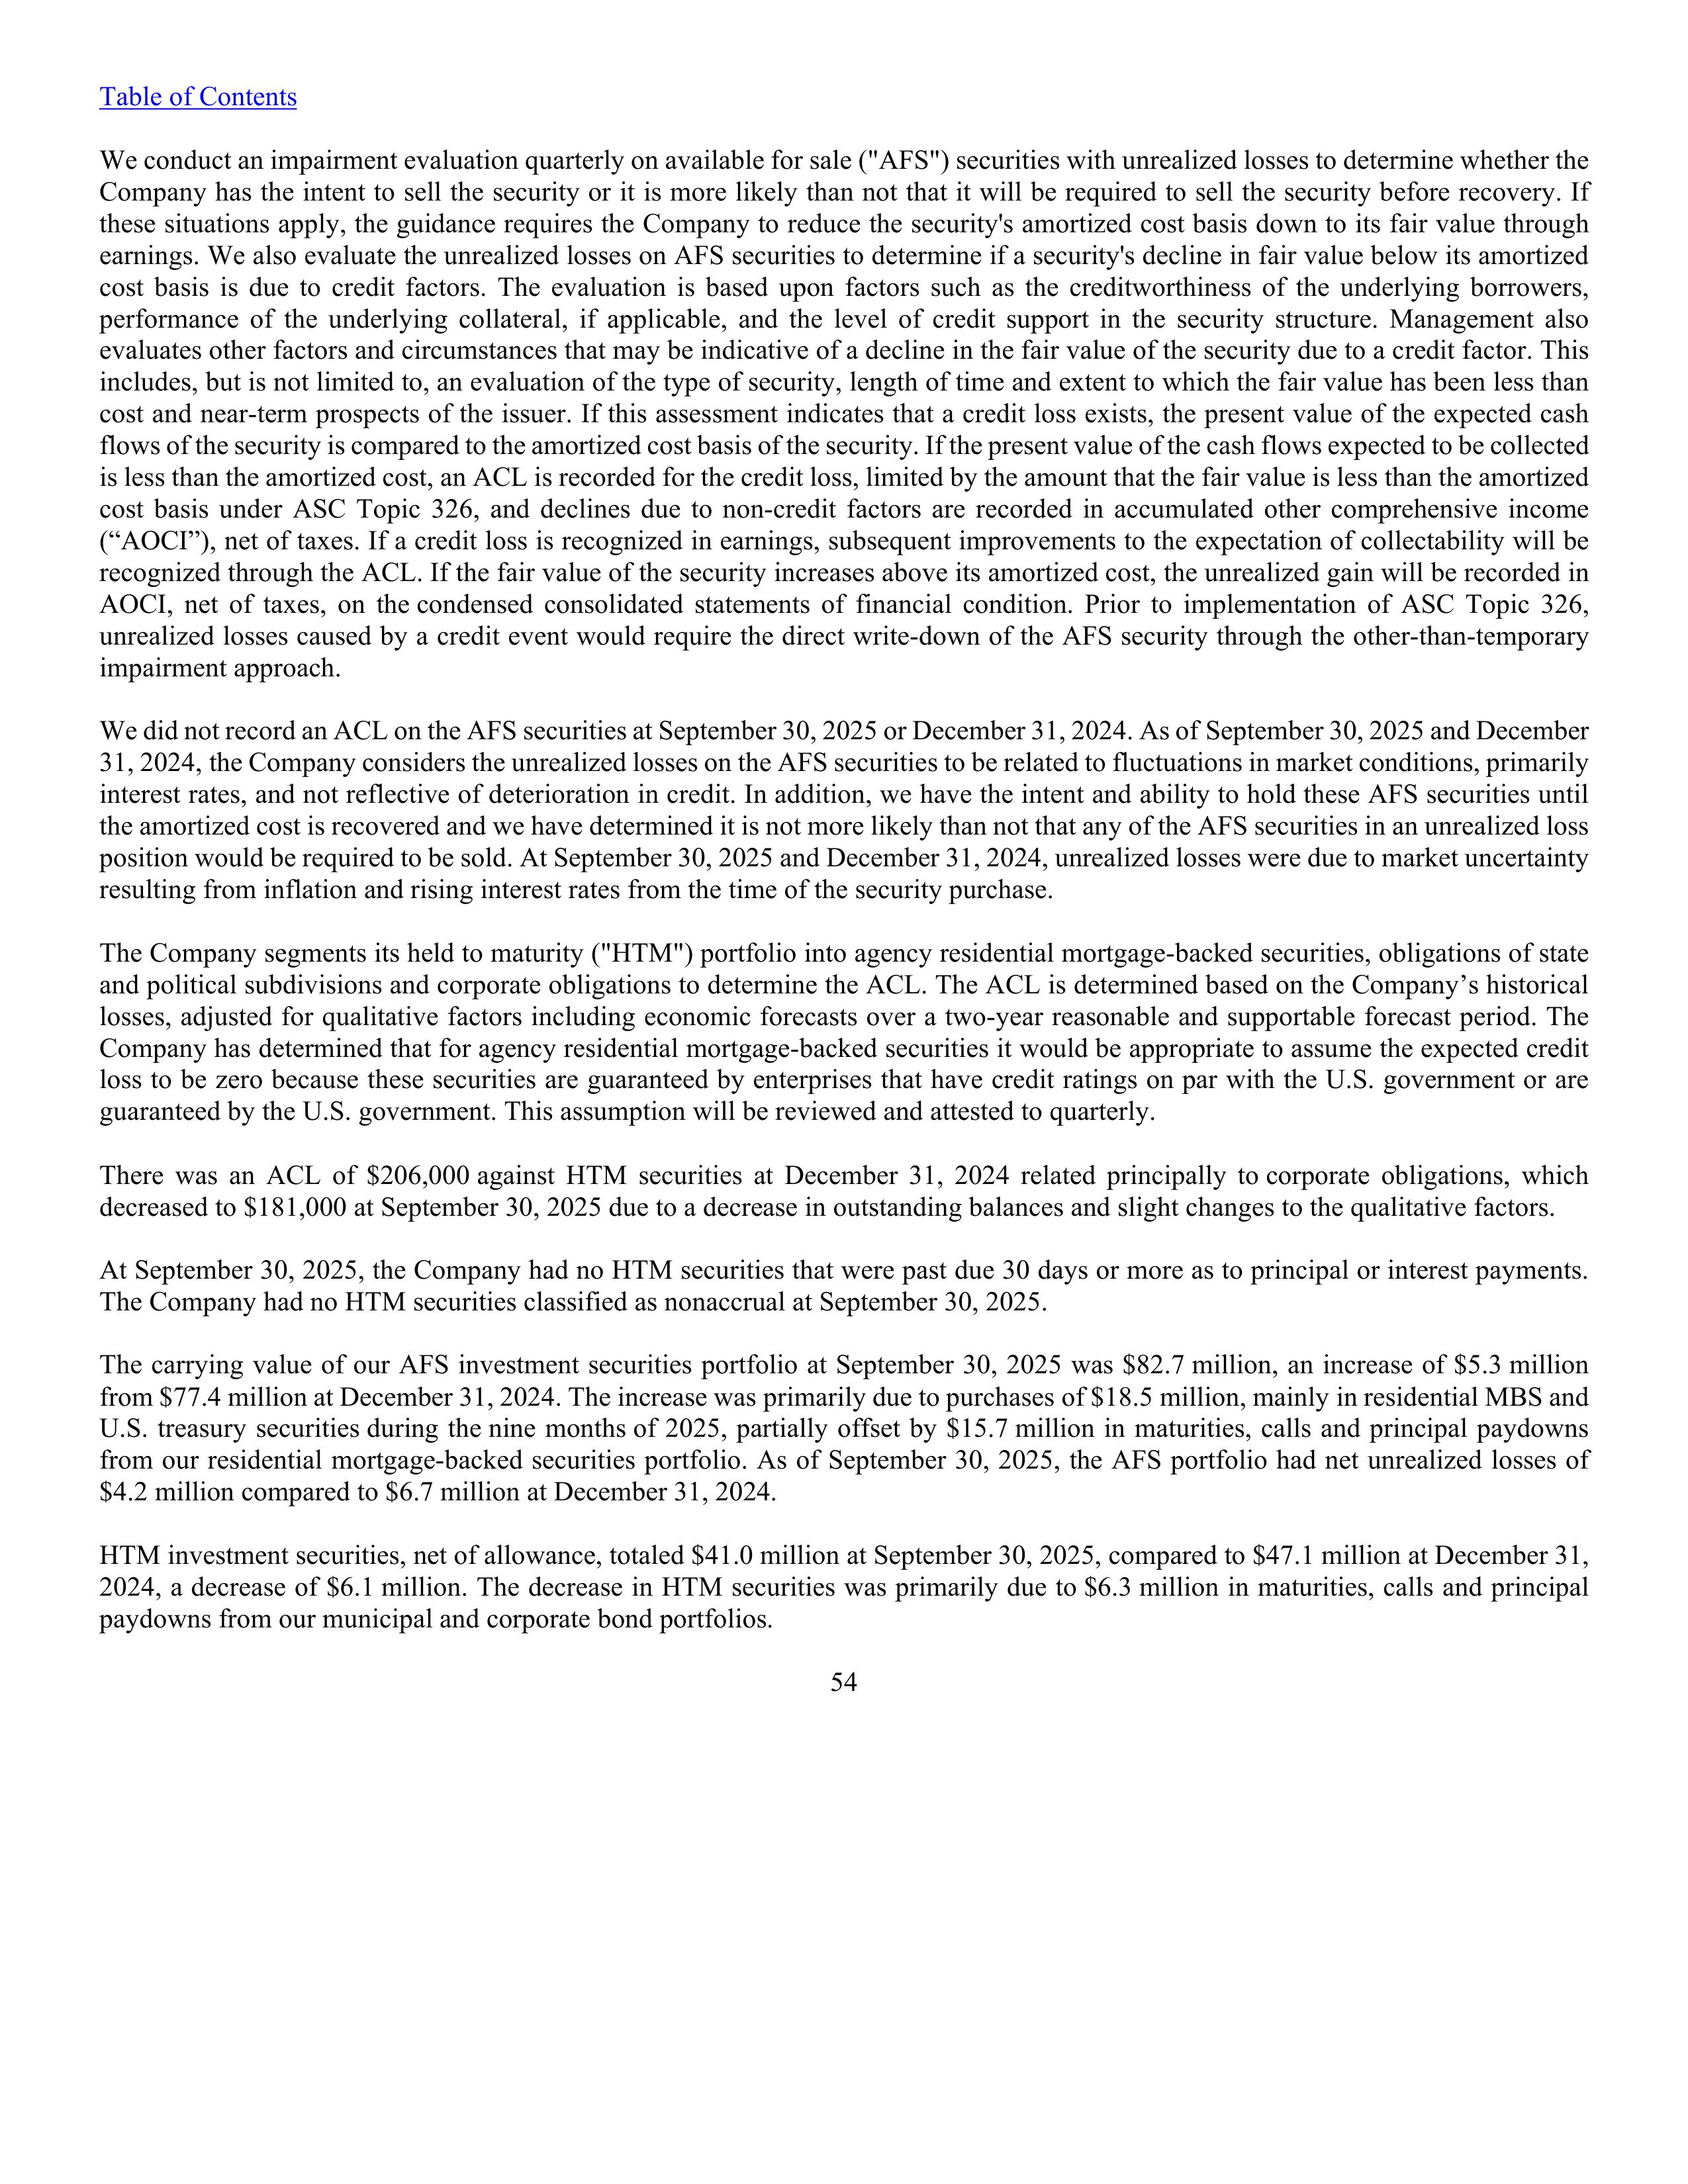
Table of Contents

We conduct an impairment evaluation quarterly on available for sale (“AFS”) securities with unrealized losses to determine whether the
Company has the intent to sell the security or it is more likely than not that it will be required to sell the security before recovery. If
these situations apply, the guidance requires the Company to reduce the security’s amortized cost basis down to its fair value through
earnings. We also evaluate the unrealized losses on AFS securities to determine if a security’s decline in fair value below its amortized
cost basis is due to credit factors. The evaluation is based upon factors such as the creditworthiness of the underlying borrowers,
performance of the underlying collateral, if applicable, and the level of credit support in the security structure. Management also
evaluates other factors and circumstances that may be indicative of a decline in the fair value of the security due to a credit factor. This
includes, but is not limited to, an evaluation of the type of security, length of time and extent to which the fair value has been less than
cost and near-term prospects of the issuer. If this assessment indicates that a credit loss exists, the present value of the expected cash
flows of the security is compared to the amortized cost basis of the security. If the present value of the cash flows expected to be collected
is less than the amortized cost, an ACL is recorded for the credit loss, limited by the amount that the fair value is less than the amortized
cost basis under ASC Topic 326, and declines due to non-credit factors are recorded in accumulated other comprehensive income
(“AOCI”), net of taxes. If a credit loss is recognized in earnings, subsequent improvements to the expectation of collectability will be
recognized through the ACL. If the fair value of the security increases above its amortized cost, the unrealized gain will be recorded in
AOCI, net of taxes, on the condensed consolidated statements of financial condition. Prior to implementation of ASC Topic 326,
unrealized losses caused by a credit event would require the direct write-down of the AFS security through the other-than-temporary
impairment approach.

We did not record an ACL on the AFS securities at September 30, 2025 or December 31, 2024. As of September 30, 2025 and December
31, 2024, the Company considers the unrealized losses on the AFS securities to be related to fluctuations in market conditions, primarily
interest rates, and not reflective of deterioration in credit. In addition, we have the intent and ability to hold these AFS securities until
the amortized cost is recovered and we have determined it is not more likely than not that any of the AFS securities in an unrealized loss
position would be required to be sold. At September 30, 2025 and December 31, 2024, unrealized losses were due to market uncertainty
resulting from inflation and rising interest rates from the time of the security purchase.

The Company segments its held to maturity (“HTM”) portfolio into agency residential mortgage-backed securities, obligations of state
and political subdivisions and corporate obligations to determine the ACL. The ACL is determined based on the Company’s historical
losses, adjusted for qualitative factors including economic forecasts over a two-year reasonable and supportable forecast period. The
Company has determined that for agency residential mortgage-backed securities it would be appropriate to assume the expected credit
loss to be zero because these securities are guaranteed by enterprises that have credit ratings on par with the U.S. government or are
guaranteed by the U.S. government. This assumption will be reviewed and attested to quarterly.

There was an ACL of $206,000 against HTM securities at December 31, 2024 related principally to corporate obligations, which
decreased to $181,000 at September 30, 2025 due to a decrease in outstanding balances and slight changes to the qualitative factors.

At September 30, 2025, the Company had no HTM securities that were past due 30 days or more as to principal or interest payments.
The Company had no HTM securities classified as nonaccrual at September 30, 2025.

The carrying value of our AFS investment securities portfolio at September 30, 2025 was $82.7 million, an increase of $5.3 million
from $77.4 million at December 31, 2024. The increase was primarily due to purchases of $18.5 million, mainly in residential MBS and
U.S. treasury securities during the nine months of 2025, partially offset by $15.7 million in maturities, calls and principal paydowns
from our residential mortgage-backed securities portfolio. As of September 30, 2025, the AFS portfolio had net unrealized losses of
$4.2 million compared to $6.7 million at December 31, 2024.

HTM investment securities, net of allowance, totaled $41.0 million at September 30, 2025, compared to $47.1 million at December 31,
2024, a decrease of $6.1 million. The decrease in HTM securities was primarily due to $6.3 million in maturities, calls and principal
paydowns from our municipal and corporate bond portfolios.

54